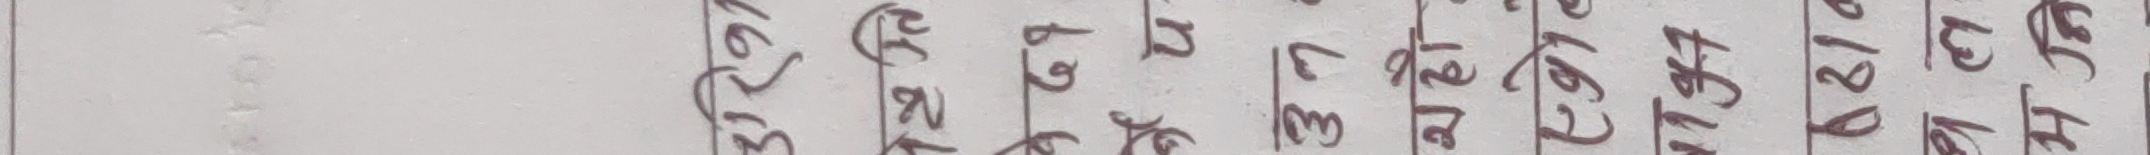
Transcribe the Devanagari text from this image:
अ सा इ १७ मनु १४ गत १३ घट १२ ङथ ११ चद १० छध ९ जन ८ झप ७ ञफ ६ टब ५ ठभ ४ डम ३ ढय २ णर १